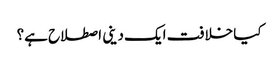
کیا خلافت ایک دینی اصطلاح ہے؟